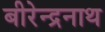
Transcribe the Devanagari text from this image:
बीरेन्द्रनाथ